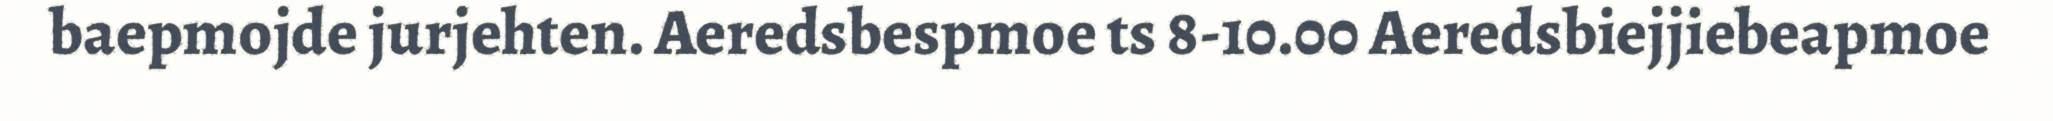
baepmojde jurjehten. Aeredsbespmoe ts 8-10.00 Aeredsbiejjiebeapmoe